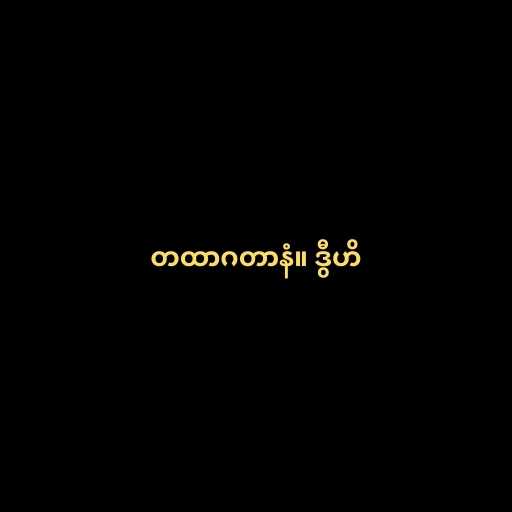
တထာဂတာနံ။ ဒွီဟိ